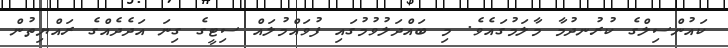
ކައުންސިލްގެ ކުރުނދުމާ މާލަމުގައެވެ. މި ބައްދަލުވުމުގައި ފުވައްމުލައް ސިޓީގެ ގިނަ އަދެދެއްގެ ރައްޔިތުން